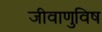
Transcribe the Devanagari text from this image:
जीवाणुविष